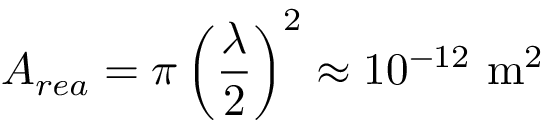
A _ { r e a } = \pi \left( { \frac { \lambda } { 2 } } \right) ^ { 2 } \approx 1 0 ^ { - 1 2 } { \mathrm { ~ m } } ^ { 2 }